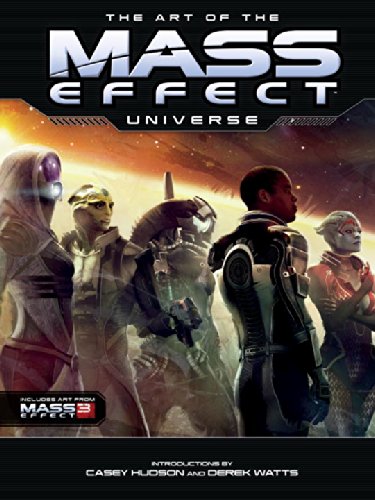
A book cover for The Art of The Mass Effect Universe; Casey Husdon; Science Fiction & Fantasy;